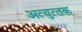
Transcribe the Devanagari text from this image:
अत्‍युत्‍तक